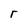
Character: r